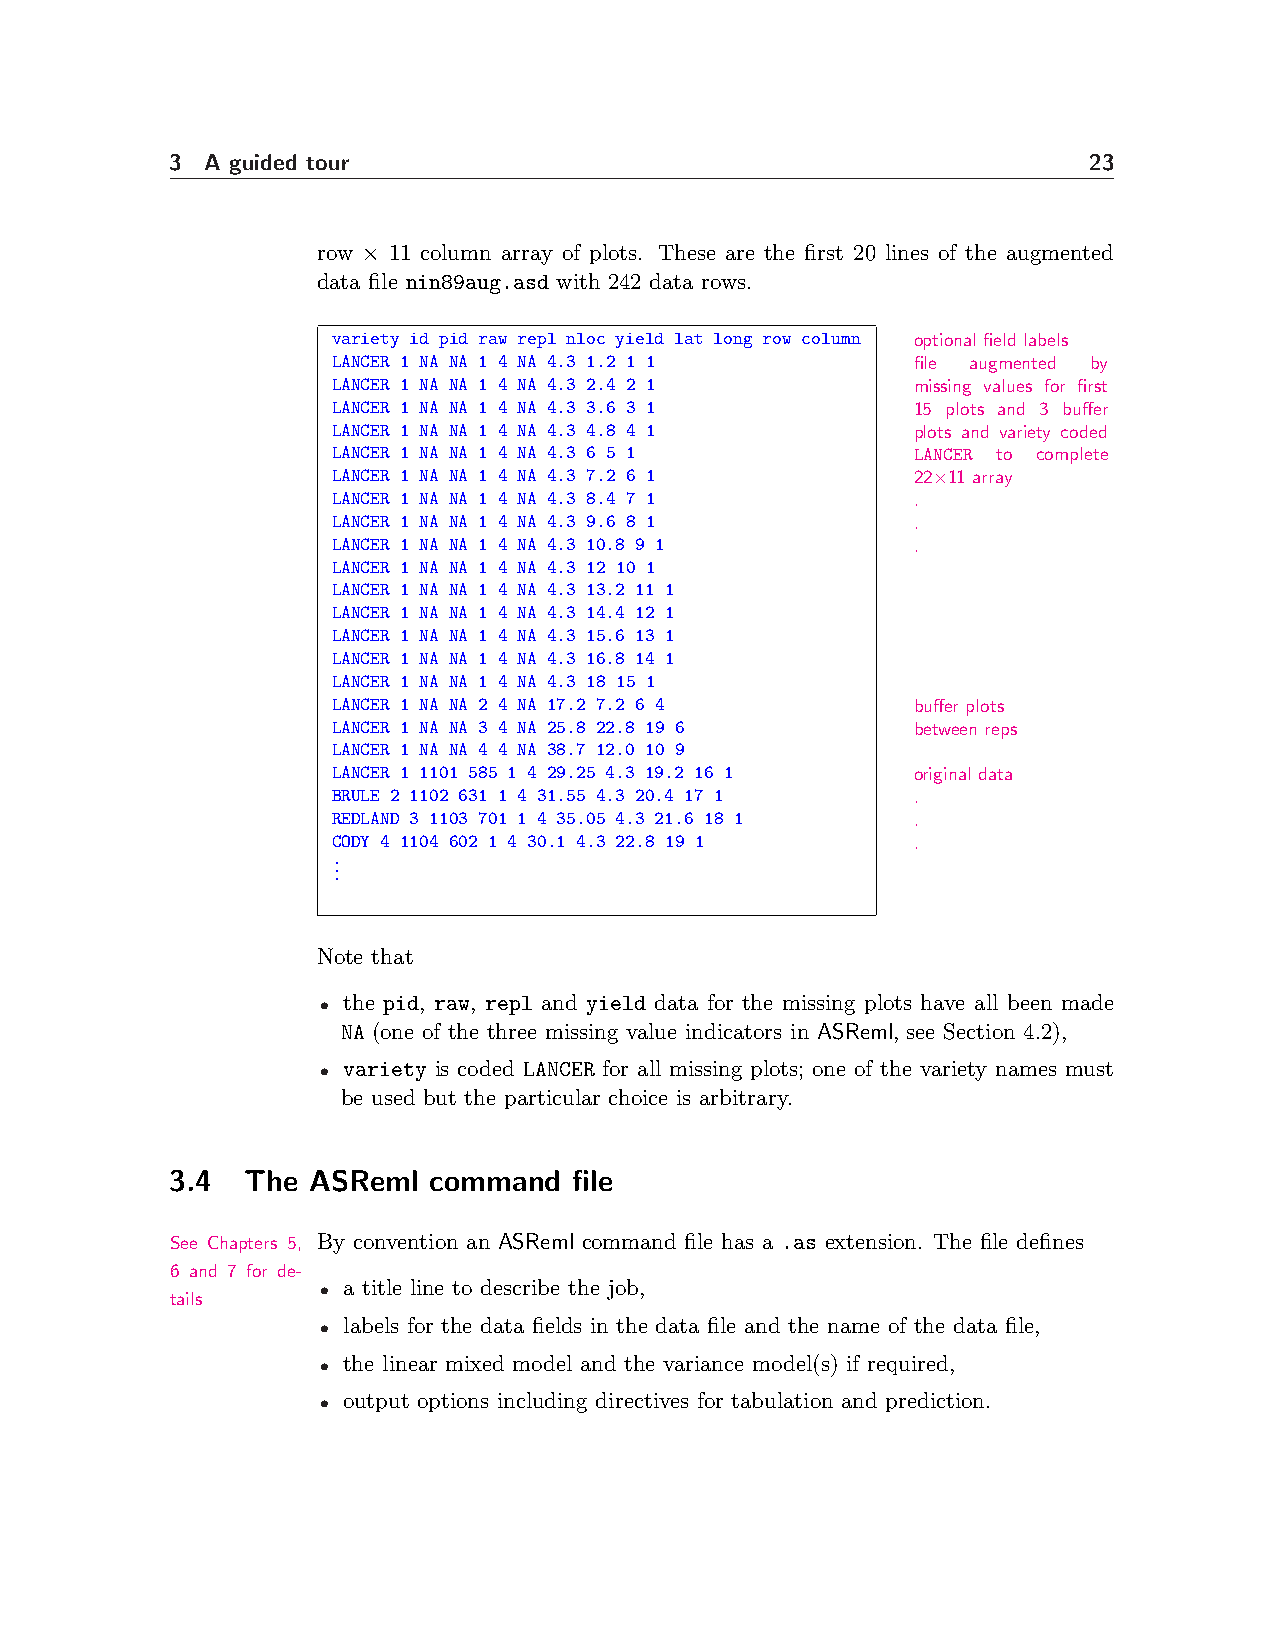
3  A guided tour                                             23
 row × 11 column array of plots. These are the first 20 lines of the augmented
 data file nin89aug.asd with 242 data rows.
 variety id pid raw repl nloc yield lat long row column optional field labels
 LANCER 1 NA NA 1 4 NA 4.3 1.2 1 1     file augmented by
 LANCER 1 NA NA 1 4 NA 4.3 2.4 2 1     missing values for first
 LANCER 1 NA NA 1 4 NA 4.3 3.6 3 1     15 plots and 3 buffer
 LANCER 1 NA NA 1 4 NA 4.3 4.8 4 1     plots and variety coded
 LANCER 1 NA NA 1 4 NA 4.3 6 5 1       LANCER to complete
 LANCER 1 NA NA 1 4 NA 4.3 7.2 6 1     22×11 array
 LANCER 1 NA NA 1 4 NA 4.3 8.4 7 1     .
 LANCER 1 NA NA 1 4 NA 4.3 9.6 8 1     .
 LANCER 1 NA NA 1 4 NA 4.3 10.8 9 1    .
 LANCER 1 NA NA 1 4 NA 4.3 12 10 1
 LANCER 1 NA NA 1 4 NA 4.3 13.2 11 1
 LANCER 1 NA NA 1 4 NA 4.3 14.4 12 1
 LANCER 1 NA NA 1 4 NA 4.3 15.6 13 1
 LANCER 1 NA NA 1 4 NA 4.3 16.8 14 1
 LANCER 1 NA NA 1 4 NA 4.3 18 15 1
 LANCER 1 NA NA 2 4 NA 17.2 7.2 6 4    buffer plots
 LANCER 1 NA NA 3 4 NA 25.8 22.8 19 6  between reps
 LANCER 1 NA NA 4 4 NA 38.7 12.0 10 9
 LANCER 1 1101 585 1 4 29.25 4.3 19.2 16 1 original data
 BRULE 2 1102 631 1 4 31.55 4.3 20.4 17 1 .
 REDLAND 3 1103 701 1 4 35.05 4.3 21.6 18 1 .
 CODY 4 1104 602 1 4 30.1 4.3 22.8 19 1 .
 .
 .
 .
 Note that
 • the pid, raw, repl and yield data for the missing plots have all been made
 NA (one of the three missing value indicators in ASReml, see Section 4.2),
 • variety is coded LANCER for all missing plots; one of the variety names must
 be used but the particular choice is arbitrary.
 3.4  The ASReml  command   file
 See Chapters 5, By convention an ASReml command file has a .as extension. The file defines
 6 and 7 for de-
 • a title line to describe the job,
 tails
 • labels for the data fields in the data file and the name of the data file,
 • the linear mixed model and the variance model(s) if required,
 • output options including directives for tabulation and prediction.